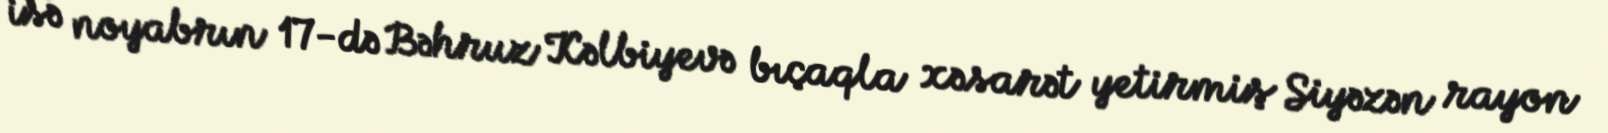
isə noyabrın 17-də Bəhruz Kəlbiyevə bıçaqla xəsarət yetirmiş Siyəzən rayon